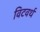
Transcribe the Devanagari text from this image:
विटवर्थ